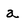
Character: a